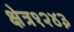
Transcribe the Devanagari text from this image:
क्षेत्र१२४३